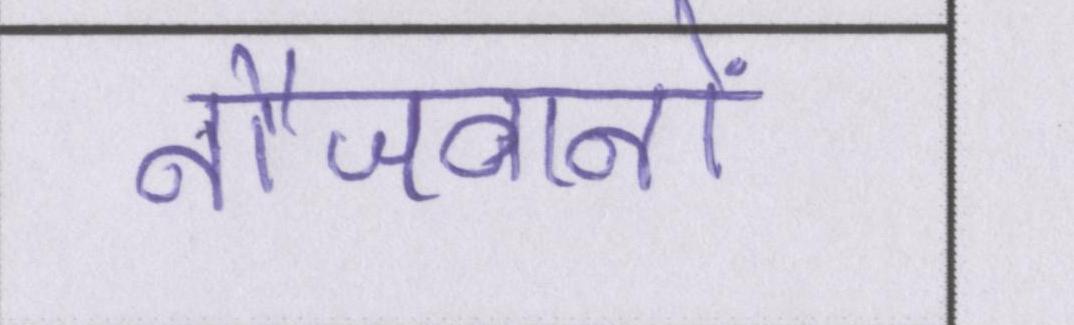
नौजवानों